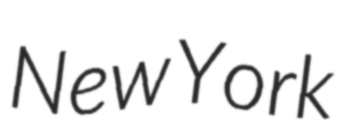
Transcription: New York